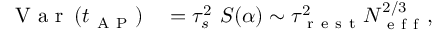
\begin{array} { r l } { \mathrm { ~ V ~ a ~ r ~ } \left( t _ { \mathrm { ~ A ~ P ~ } } \right) } & { { } = \tau _ { s } ^ { 2 } \ S ( \alpha ) \sim \tau _ { \mathrm { ~ r ~ e ~ s ~ t ~ } } ^ { 2 } N _ { \mathrm { ~ e ~ f ~ f ~ } } ^ { 2 / 3 } , } \end{array}